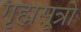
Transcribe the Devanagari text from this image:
गृह्मसूत्रों